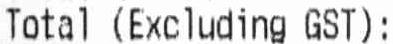
TOTAL (EXCLUDING GST):